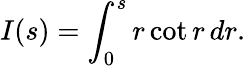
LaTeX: I(s)=\int_{0}^{s}r\cot r\, dr.